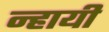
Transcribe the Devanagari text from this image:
न्हायी